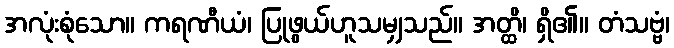
အလုံးစုံသော။ ကရဏီယံ၊ ပြုဖွယ်ဟူသမျှသည်။ အတ္ထိ၊ ရှိ၏။ တံသဗ္ဗံ၊